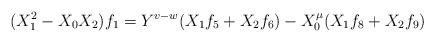
LaTeX: \begin{align*}(X_{1}^{2}-X_{0}X_{2})f_{1} = Y^{v-w}(X_{1}f_{5} + X_{2}f_{6}) - X_{0}^{\mu}(X_{1}f_{8} + X_{2}f_{9})\end{align*}